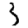
Digit: 3